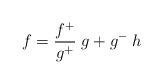
LaTeX: \begin{align*}f = \frac{f ^+}{g^+ }\;g + g^-\; h\end{align*}